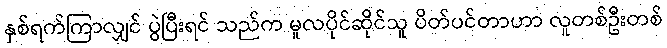
နှစ်ရက်ကြာလျှင် ပွဲပြီးရင် သည်က မူလပိုင်ဆိုင်သူ ပိတ်ပင်တာဟာ လူတစ်ဦးတစ်